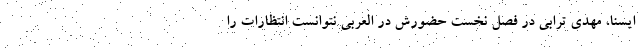
ایسنا، مهدی ترابی در فصل نخست حضورش در العربی نتوانست انتظارات را